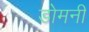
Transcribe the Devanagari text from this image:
डोमनी